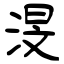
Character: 渂